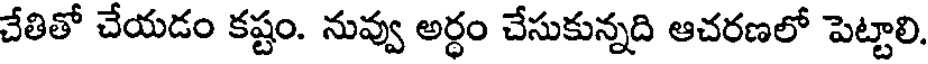
చేతితో చేయడం కష్టం. నువ్వు అర్ధం చేసుకున్నది ఆచరణలో పెట్టాలి.